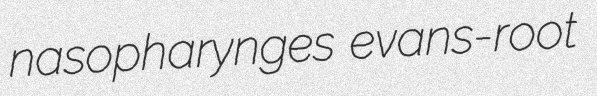
nasopharynges evans-root